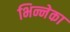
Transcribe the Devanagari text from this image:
भिन्नेका